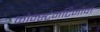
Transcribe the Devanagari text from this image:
कोन्स्टेनटिनोवा